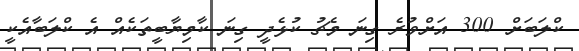
ކްލަބަށް 300 އަށްވުރެ ގިނަ މެޗު ކުޅެދީ ގިނަ ކާމިޔާބީތަކެއް އެ ކްލަބާއެކީ